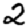
Digit: 2